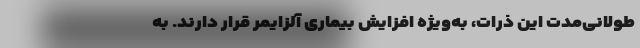
طولانی‌مدت این ذرات، به‌ویژه افزایش بیماری آلزایمر قرار دارند. به